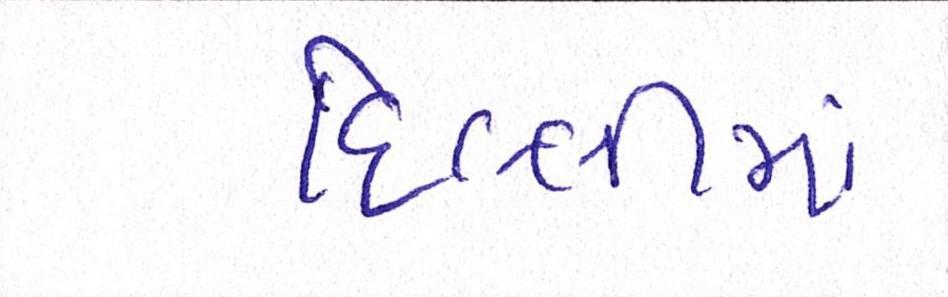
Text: દિલ્લીમાં